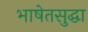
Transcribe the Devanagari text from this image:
भाषेतसुद्धा